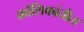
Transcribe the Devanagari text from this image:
कोशिकांतील